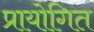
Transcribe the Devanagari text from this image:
प्रायोगित